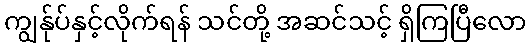
ကျွန်ုပ်နှင့်လိုက်ရန် သင်တို့ အဆင်သင့် ရှိကြပြီလော